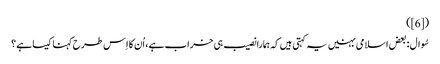
([6])
سُوال : بعض اسلامی بہنیں یہ کہتی ہیں کہ ہمارا نصیب ہی خراب ہے ، اُن کا اِس طرح کہنا کیسا ہے ؟